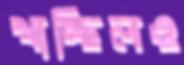
খাচ্ছিলও